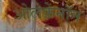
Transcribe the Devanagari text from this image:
ओलेक्रेनॉन